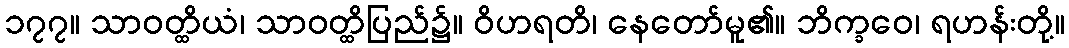
၁၇၇။ သာဝတ္ထိယံ၊ သာဝတ္ထိပြည်၌။ ဝိဟရတိ၊ နေတော်မူ၏။ ဘိက္ခဝေ၊ ရဟန်းတို့။